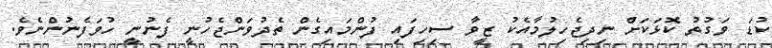
ކުޑަ ވަގުތު ކޮޅަކަށް ނިދިޖެހިލުމާއެކު ޒީވާ ސިހިފައި ފުންމައިގެން ތެދުވަންޖެހުނީ ފެނުނީ ހުވަފެނުންނެވެ.